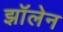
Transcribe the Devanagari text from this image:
झॉलेन